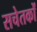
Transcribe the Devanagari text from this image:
सचेतकों